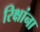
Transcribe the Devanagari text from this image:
रिक्षांना